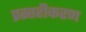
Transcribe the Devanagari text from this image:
प्रस्तरीकरण